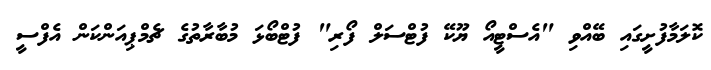
ކޮލަމާފުށީގައި ބޭއްވި "އެސްޓީއޯ ޔޫކޭ ފުޓްސަލް ފޯރި" ފުޓްބޯޅަ މުބާރާތުގެ ޗެމްޕިއަންކަން އެފްސީ